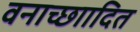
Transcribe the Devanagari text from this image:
वनाच्छाादित